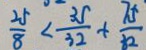
\frac { 2 5 } { 8 } < \frac { 3 5 } { 3 2 } + \frac { 7 5 } { 8 2 }